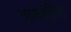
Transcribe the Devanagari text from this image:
वाक्संहिता